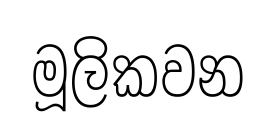
මූලිකවන